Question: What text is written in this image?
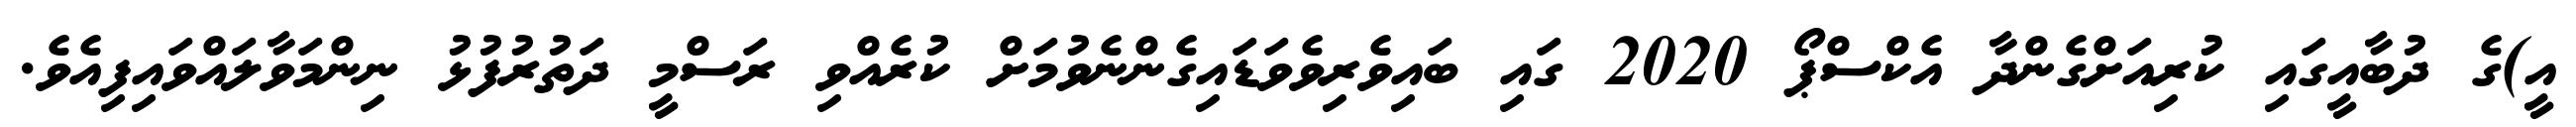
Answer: އީ)ގެ ދުބާއީގައި ކުރިއަށްގެންދާ އެކްސްޕޯ 2020 ގައި ބައިވެރިވެވަޑައިގެންނެވުމަށް ކުރެއްވި ރަސްމީ ދަތުރުފުޅު ނިންމަވާލައްވައިފިއެވެ.